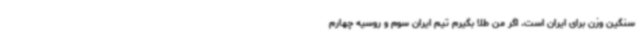
سنگین وزن برای ایران است. اگر من طلا بگیرم تیم ایران سوم و روسیه چهارم